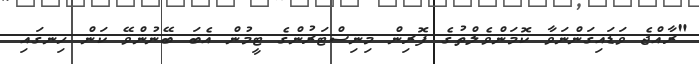
"ރާއްޖެ ވަޑައިގަންނަވާ ކޮމަންވެލްތުގެ ފޮރިން މިނިސްޓަރުންގެ ޓީމުން އެބަ ބޭނުންވޭ ކަން ހިނގައި